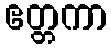
ဧတ္တကာ